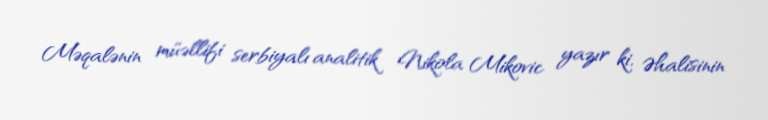
Məqalənin müəllifi serbiyalı analitik Nikola Mikovic yazır ki, Əhalisinin